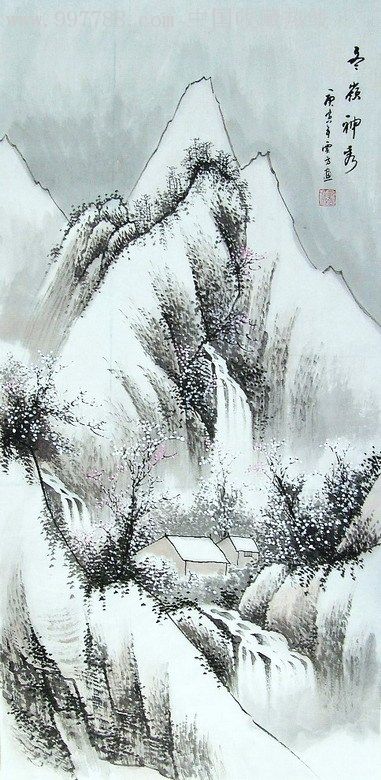
想雁空北落冬深，澹墨晚天云阔。